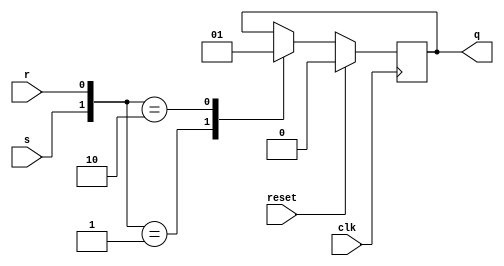
module SR_ff(clk,reset,s,r,q);
  input clk,reset,s,r;
  output reg q;
  always @(posedge clk)
    begin
      if (reset) q=1'b0;
      else
        case({s,r})
          2'b01:q <= 1'b0;
          2'b10:q <= 1'b1;
          default: q <= q;
        endcase
    end
endmodule